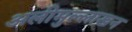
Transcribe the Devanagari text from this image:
अलीमुल्लाखन